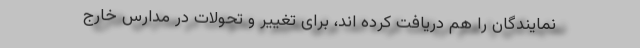
نمایندگان را هم دریافت کرده اند، برای تغییر و تحولات در مدارس خارج